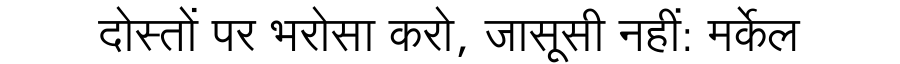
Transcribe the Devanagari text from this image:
दोस्तों पर भरोसा करो, जासूसी नहीं: मर्केल